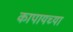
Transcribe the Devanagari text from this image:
कापायच्या